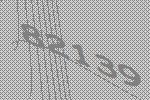
82139